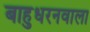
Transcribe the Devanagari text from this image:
बाहुधरनवाला